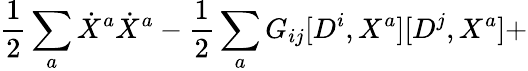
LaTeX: \frac{1}{2}\sum_{a}\dot{X}^{a}\dot{X}^{a}-\frac{1}{2}\sum_{a}G_{ij}[D^{i},X^{a}][D^{j},X^{a}]+